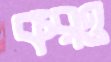
করও